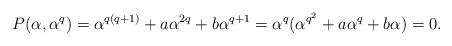
\begin{align*}P(\alpha, \alpha^q)=\alpha^{q(q+1)}+a\alpha^{2q}+b\alpha^{q+1}=\alpha^q(\alpha^{q^2}+a\alpha^{q}+b\alpha)=0.\end{align*}